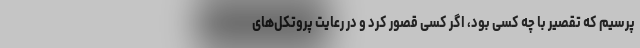
پرسیم که تقصیر با چه کسی بود، اگر کسی قصور کرد و در رعایت پروتکل‌های